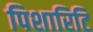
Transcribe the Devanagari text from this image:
पिशारिटि